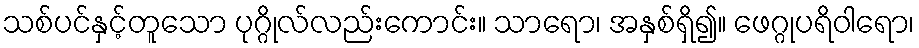
သစ်ပင်နှင့်တူသော ပုဂ္ဂိုလ်လည်းကောင်း။ သာရော၊ အနှစ်ရှိ၍။ ဖေဂ္ဂုပရိဝါရော၊